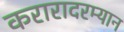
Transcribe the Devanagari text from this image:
करारादरम्यान